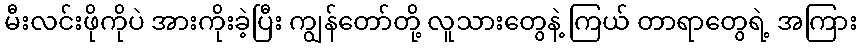
မီးလင်းဖိုကိုပဲ အားကိုးခဲ့ပြီး ကျွန်တော်တို့ လူသားတွေနဲ့ ကြယ် တာရာတွေရဲ့ အကြား